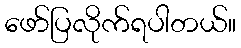
ဖော်ပြလိုက်ရပါတယ်။